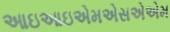
આઇઆઇએમએસએએમ